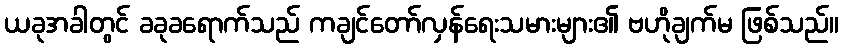
ယခုအခါတွင် ခခုခရောက်သည် ကချင်တော်လှန်ရေးသမားများ၏ ဗဟိုချက်မ ဖြစ်သည်။